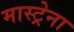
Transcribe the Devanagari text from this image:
मास्ट्रेना